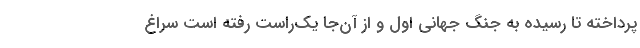
پرداخته تا رسیده به جنگ جهانی اول و از آن‌جا یک‌راست رفته است سراغ